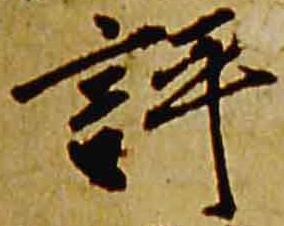
評